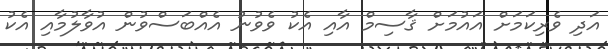
އަދި ވެރިކަމަށް އައުމަށް ޤާސިމް އާއި އެކު ވެވުނު އެއްބަސްވުން އުވާލުމާއި އެކު